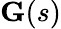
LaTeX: \mathbf{G}(s)